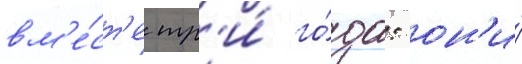
вм'е́ст'е тр'и́ го́да: он'и́